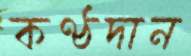
কণ্ঠদান